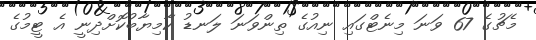
މެޗުގެ 67 ވަނަ މިނެޓްގައި ނިއުގެ ތިންވަނަ ލަނޑު ކާމިޔާބުކޮށްދިނީ އެ ޓީމުގެ